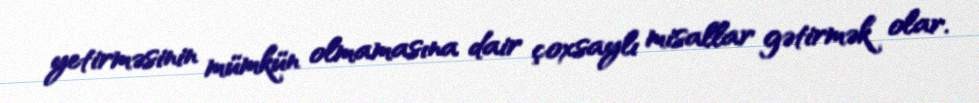
yetirməsinin mümkün olmamasına dair çoxsaylı misallar gətirmək olar.